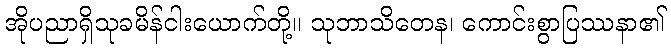
အိုပညာရှိသုခမိန်ငါးယောက်တို့။ သုဘာသိတေန၊ ကောင်းစွာပြဿနာ၏